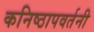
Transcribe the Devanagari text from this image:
कनिष्ठापवर्तनी